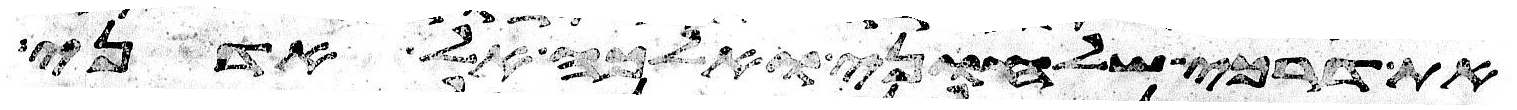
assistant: את דרכי שלחוני ואלכה אל אדני